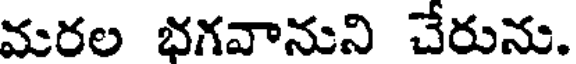
మరల భగవానుని చేరును.